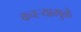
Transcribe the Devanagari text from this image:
कचर्‍यामुळे